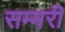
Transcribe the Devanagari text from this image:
सम्मरी